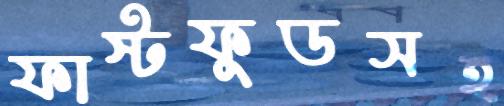
ফাস্টফুডসহ